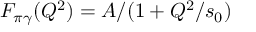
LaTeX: F _ { \pi \gamma } ( Q ^ { 2 } ) = A / ( 1 + Q ^ { 2 } / s _ { 0 } )